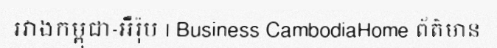
រវាងកម្ពុជា-អឺរ៉ុប | Business CambodiaHome ព័ត៌មាន